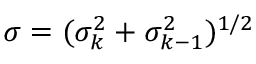
\sigma = ( \sigma _ { k } ^ { 2 } + \sigma _ { k - 1 } ^ { 2 } ) ^ { 1 / 2 }